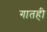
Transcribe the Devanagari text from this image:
गातही